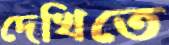
দেখিতে